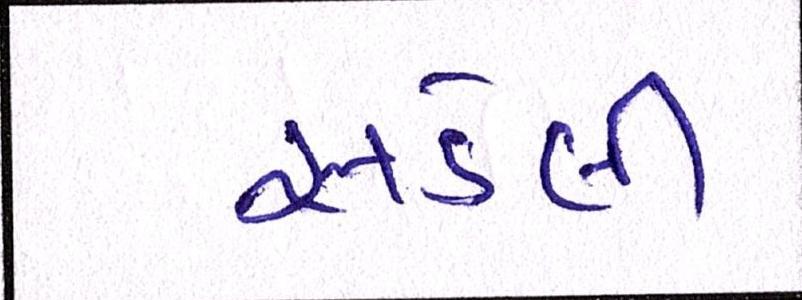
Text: સડેલી